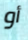
أو